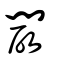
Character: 闙